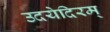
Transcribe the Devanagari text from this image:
उदयेदिरम्